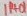
Text: 1H01